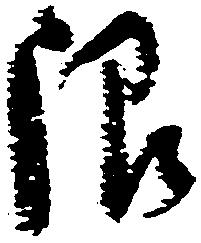
限